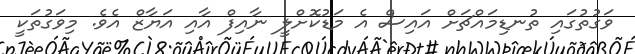
ވަގުތުގައި ތުނޑިމައްޗަށް އައިސް އެ މަޑުކޮށްލީ ނާއިފް އާއި އަޔާޒް އެވެ. މިވަގުތަކީ